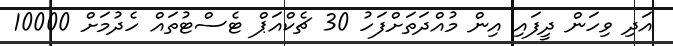
އަދި ވިހަން ދީފައި އިން މުއްދަތަށްފަހު 30 ޗެކްއަޕް ޓެސްޓުތައް ހެދުމަށް 10000